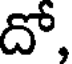
దో,